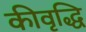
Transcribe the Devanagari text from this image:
कीवृद्धि